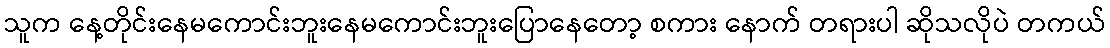
သူက နေ့တိုင်းနေမကောင်းဘူးနေမကောင်းဘူးပြောနေတော့ စကား နောက် တရားပါ ဆိုသလိုပဲ တကယ်